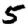
Digit: 5